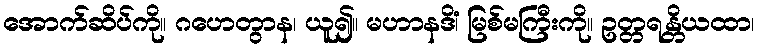
အောက်ဆိပ်ကို။ ဂဟေတွာန၊ ယူ၍။ မဟာနဒိံ၊ မြစ်မကြီးကို။ ဥတ္တရန္တိယထာ၊